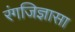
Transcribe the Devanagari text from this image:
रंगजिज्ञासा